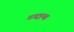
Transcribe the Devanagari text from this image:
गगइया